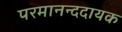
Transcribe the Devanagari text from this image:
परमानन्ददायक